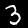
Label: 3